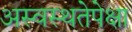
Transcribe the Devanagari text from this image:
अस्वस्थतेपेक्षा